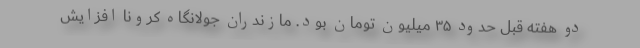
دو هفته قبل حدود ۳۵ میلیون تومان بود. مازندران جولانگاه کرونا افزایش